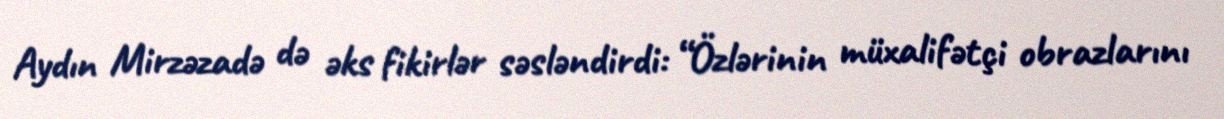
Aydın Mirzəzadə də əks fikirlər səsləndirdi: “Özlərinin müxalifətçi obrazlarını